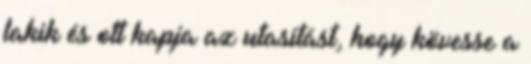
lakik és ott kapja az utasítást, hogy kövesse a